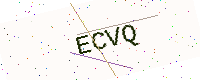
Text: ECVQ